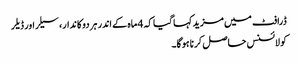
ڈرافٹ میں مزید کہا گیا کہ 4 ماہ کے اندر ہر دوکاندار، سیلراور ڈیلر
کو لائسنس حاصل کرنا ہوگا۔